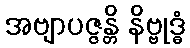
အဗျာပဇ္ဇန္တိ နိဗ္ဗုဒ္ဓံ